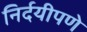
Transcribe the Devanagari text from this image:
निर्दयीपणे